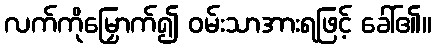
လက်ကိုမြှောက်၍ ဝမ်းသာအားရဖြင့် ခေါ်၏။